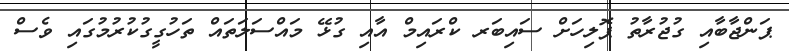
ޕަންޖާބާއި ގުޖުރާތު ޕޮލިހަށް ސައިބަރ ކްރައިމް އާއި ގުޅޭ މައްސަލަތައް ތަހުގީގުކުރުމުގައި ވެސް